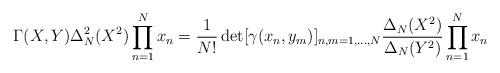
LaTeX: \begin{align*}\Gamma(X,Y)\Delta_N^2(X^2)\prod_{n=1}^N x_n = \frac{1}{N!} \det[\gamma(x_n,y_m)]_{n,m=1,\ldots,N} \frac{\Delta_N(X^2)}{\Delta_N(Y^2)}\prod_{n=1}^N x_n\end{align*}